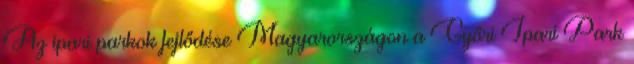
Az ipari parkok fejlődése Magyarországon a Győri Ipari Park